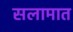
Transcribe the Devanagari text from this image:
सलामात